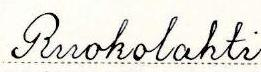
Ruokolahti